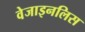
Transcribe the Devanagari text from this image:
वेजाइनलिस